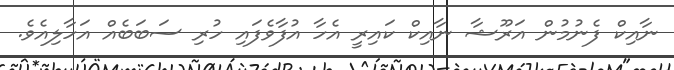
ނާއިކް ފެނުމުން އަރޫޝާ ނާއިކް ކައިރީ އެހާ އުފާވެފައި ހުރި ސަބަބެއް އަހާލިއެވެ.